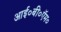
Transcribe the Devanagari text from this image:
आई०बी०ऍम०